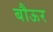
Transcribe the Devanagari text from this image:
बौऊर